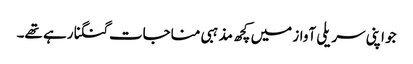
جو اپنی سریلی آواز میں کچھ مذہبی مناجات گنگنا رہے تھے۔